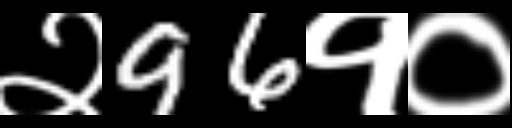
Text: २96१०